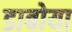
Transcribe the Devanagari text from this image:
डाबोया